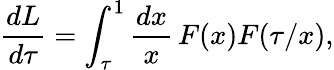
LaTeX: \frac{dL}{d\tau}=\int_{\tau}^{1}\frac{dx}{x}\, F(x)F(\tau/x),